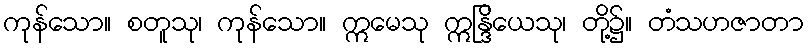
ကုန်သော။ စတူသု၊ ကုန်သော။ ဣမေသု ဣန္ဒြိယေသု၊ တို့၌။ တံသဟဇာတာ